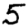
Digit: 5